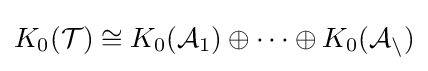
K_{0}({\mathcal {T}})\cong K_{0}({\mathcal {A}}_{1})\oplus \cdots \oplus K_{0}({\mathcal {A_{n}}})